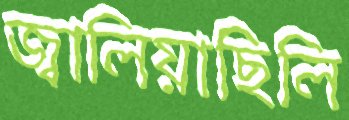
জ্বালিয়াছিলি